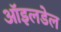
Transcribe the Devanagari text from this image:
ऑइलडेल